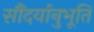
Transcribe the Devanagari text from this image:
सौंदर्यानुभूति